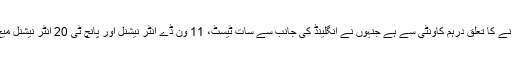
جیمز فوسٹر نے کا تعلق درہم کاونٹی سے ہے جنہوں نے انگلینڈ کی جانب سے سات ٹیسٹ، 11 ون ڈے انٹر نیشنل اور پانچ ٹی 20 انٹر نیشنل میچ کھیلے ہیں۔